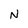
Character: N